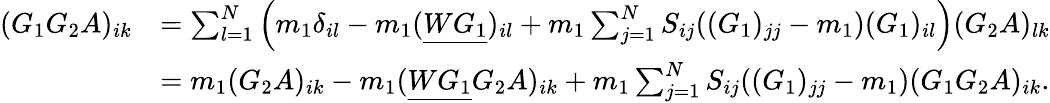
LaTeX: \begin{array}{rl}{(G_{1}G_{2}A)_{ik}}&{=\sum_{l=1}^{N}\left(m_{1}\delta_{il}-m_{1}(\underline{{WG_{1}}})_{il}+m_{1}\sum_{j=1}^{N}S_{ij}((G_{1})_{jj}-m_{1})(G_{1})_{il}\right)(G_{2}A)_{lk}}\\ &{=m_{1}(G_{2}A)_{ik}-m_{1}(\underline{{WG_{1}}}G_{2}A)_{ik}+m_{1}\sum_{j=1}^{N}S_{ij}((G_{1})_{jj}-m_{1})(G_{1}G_{2}A)_{ik}.}\end{array}